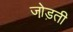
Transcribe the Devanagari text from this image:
जो़ड़ती